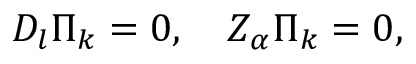
{ \cal D } _ { l } \Pi _ { k } = 0 , \quad { \cal Z } _ { \alpha } \Pi _ { k } = 0 ,